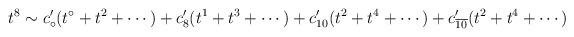
LaTeX: \begin{align*}t ^8 \sim c'_\circ (t ^\circ +t^2 + \cdots ) + c' _8 (t^1+t^3 + \cdots ) +c'_{10} ( t^2 + t^4 + \cdots ) + c'_{\overline {10}} (t^2 + t^4 +\cdots )\end{align*}